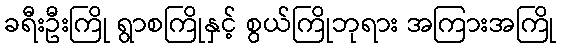
ခရီးဦးကြို ရွာစကြိုနှင့် စွယ်ကြိုဘုရား အကြားအကြို